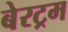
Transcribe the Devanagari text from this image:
बेरट्रम